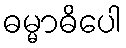
ဓမ္မာဓိပေါ